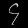
Digit: ၄